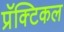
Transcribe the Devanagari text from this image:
प्रॅक्टिकल